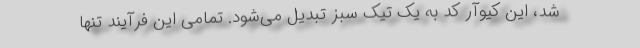
شد، این کیوآر کد به یک تیک سبز تبدیل می‌شود. تمامی این فرآیند تنها